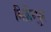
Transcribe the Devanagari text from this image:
मिहिरपुर